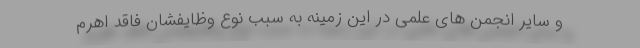
و سایر انجمن های علمی در این زمینه به سبب نوع وظایفشان فاقد اهرم